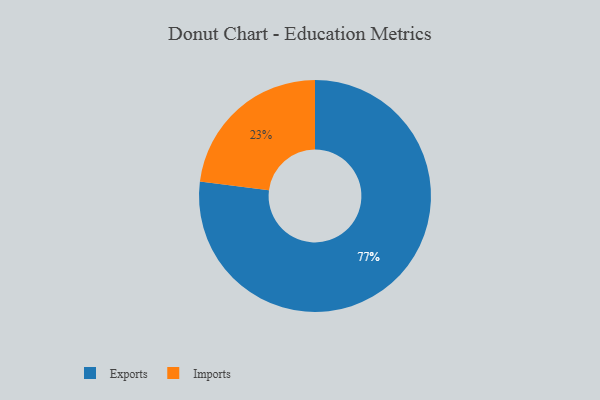
{"axis": {"x": "Category", "y": "Percentage"}, "legend": ["Exports", "Imports"], "data": [{"x": "Imports", "y": 23, "type": "Imports"}, {"x": "Exports", "y": 77, "type": "Exports"}]}